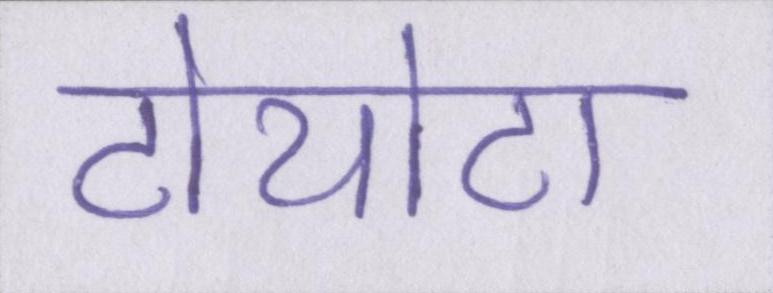
टोयोटा